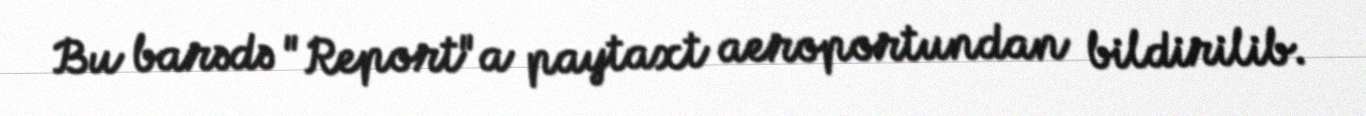
Bu barədə "Report"a paytaxt aeroportundan bildirilib.